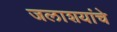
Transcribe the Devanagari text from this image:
जलाशयांचे